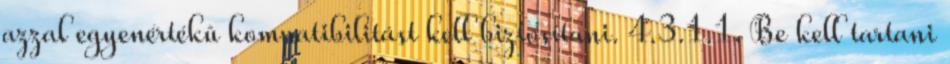
azzal egyenértékû kompatibilitást kell biztosítani. 4.3.1.1. Be kell tartani